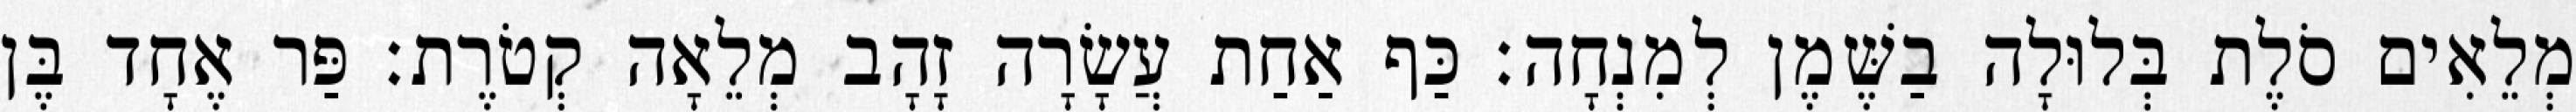
מְלֵאִים סֹלֶת בְּלוּלָה בַשֶּׁמֶן לְמִנְחָה׃ כַּף אַחַת עֲשָׂרָה זָהָב מְלֵאָה קְטֹרֶת׃ פַּר אֶחָד בֶּן